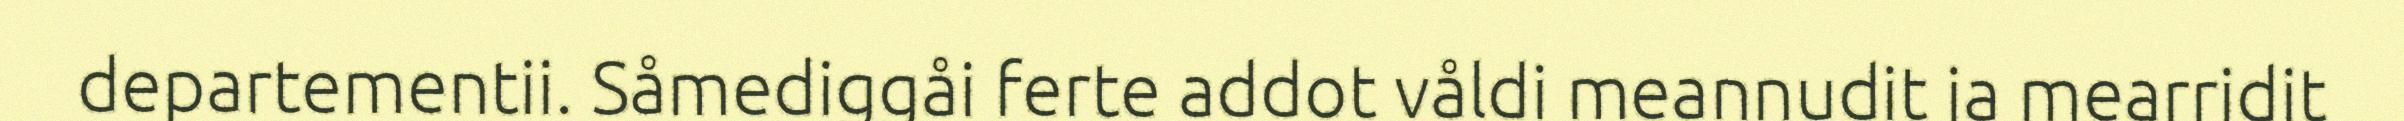
departementii. Såmediggåi ferte addot våldi meannudit ja mearridit